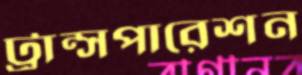
ট্রান্সপারেশন